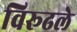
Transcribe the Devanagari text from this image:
विरूढले